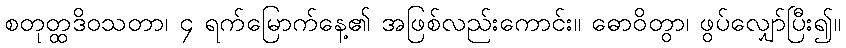
စတုတ္ထဒိဝသတာ၊ ၄ ရက်မြောက်နေ့၏ အဖြစ်လည်းကောင်း။ ဓောဝိတွာ၊ ဖွပ်လျှော်ပြီး၍။